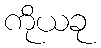
ကိုယခု